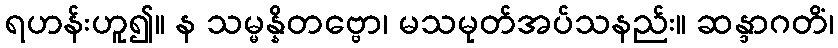
ရဟန်းဟူ၍။ န သမ္မန္နိတဗ္ဗော၊ မသမုတ်အပ်သနည်း။ ဆန္ဒာဂတိံ၊